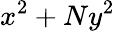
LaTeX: x^{2}+Ny^{2}